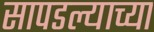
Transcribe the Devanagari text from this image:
सापडल्याच्या